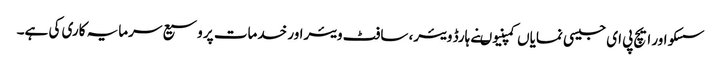
سسکو اور ایچ پی ای جیسی نمایاں کمپنیوںنے ہارڈ ویئر، سافٹ ویئراور خدمات پر وسیع سرمایہ کاری کی ہے۔